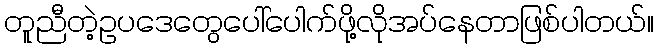
တူညီတဲ့ဥပဒေတွေပေါ်ပေါက်ဖို့လိုအပ်နေတာဖြစ်ပါတယ်။